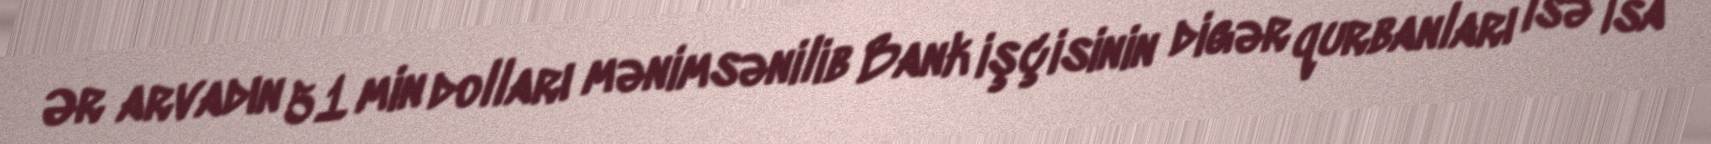
Ər arvadın 51 min dolları mənimsənilib Bank işçisinin digər qurbanları isə İsa